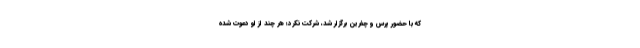
که با حضور پرس و چفرین برگزار شد، شرکت نکرد؛ هر چند از او دعوت شده